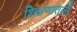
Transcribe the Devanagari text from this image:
शिक्षणातली